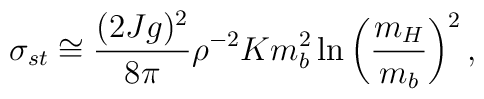
\sigma_{st}  \cong  {(2Jg)^2  \over 8\pi} \rho^{-2}K  m_b^2 \ln \left( {m_H \over m_b} \right)^2 ,